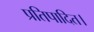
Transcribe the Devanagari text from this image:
प्रतिपादित।